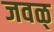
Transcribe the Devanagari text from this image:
जवळ्